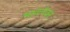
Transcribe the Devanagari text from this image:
भावनेवर